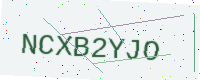
Text: NCXB2YJO